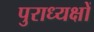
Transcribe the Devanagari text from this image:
पुराध्यक्षों